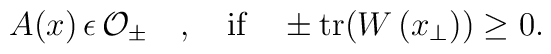
A(x)\, \epsilon \, {\cal O}_{\pm} \quad ,\quad \mbox{if}\quad \pm \mbox{tr}(W \left(x_{\perp}\right))\ge 0 .